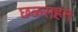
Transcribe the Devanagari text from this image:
छळसहन